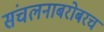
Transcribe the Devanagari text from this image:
संचलनाबरोबरच